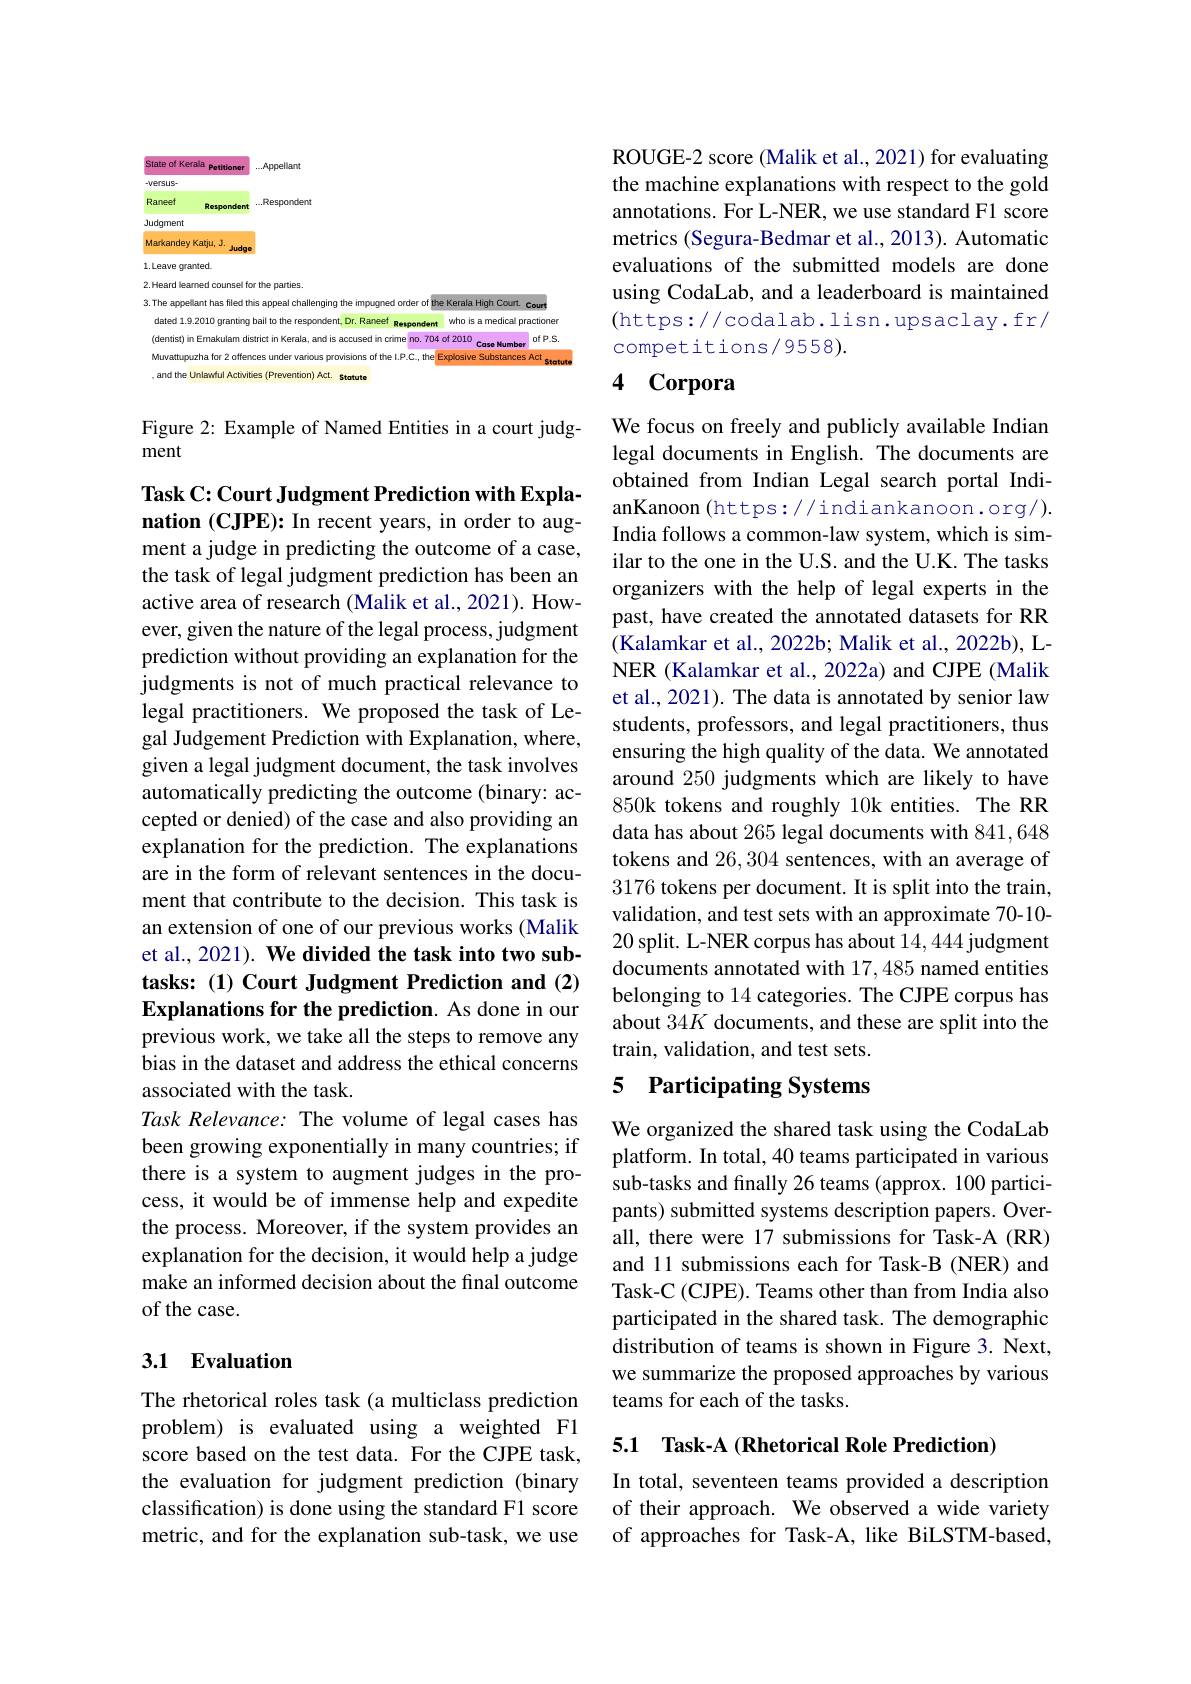
<FigureHere>

Figure 2: Example of Named Entities in a court judg-
ment

Task C: Court Judgment Prediction with Explanation (CJPE): In recent years, in order to augment a judge in predicting the outcome of a case, the task of legal judgment prediction has been an active area of research (Malik et al., 2021). However, given the nature of the legal process, judgment prediction without providing an explanation for the judgments is not of much practical relevance to legal practitioners. We proposed the task of Legal Judgement Prediction with Explanation, where, given a legal judgment document, the task involves automatically predicting the outcome (binary: accepted or denied) of the case and also providing an explanation for the prediction. The explanations are in the form of relevant sentences in the document that contribute to the decision. This task is an extension of one of our previous works (Malik et al., 2021). We divided the task into two subtasks: (1) Court Judgment Prediction and (2) Explanations for the prediction. As done in our previous work, we take all the steps to remove any bias in the dataset and address the ethical concerns associated with the task.
Task Relevance: The volume of legal cases has been growing exponentially in many countries; if there is a system to augment judges in the process, it would be of immense help and expedite the process. Moreover, if the system provides an explanation for the decision, it would help a judge make an informed decision about the final outcome of the case.

## 3.1 Evaluation

The rhetorical roles task (a multiclass prediction problem) is evaluated using a weighted F1 score based on the test data. For the CJPE task, the evaluation for judgment prediction (binary classification) is done using the standard F1 score metric, and for the explanation sub-task, we use

ROUGE-2 score (Malik et al., 2021) for evaluating the machine explanations with respect to the gold annotations. For L-NER, we use standard F1 score metrics (Segura-Bedmar et al., 2013). Automatic evaluations of the submitted models are done using CodaLab, and a leaderboard is maintained (https://codalab.lisn.upsaclay.fr/ competitions/9558).

# 4 Corpora

We focus on freely and publicly available Indian legal documents in English. The documents are obtained from Indian Legal search portal IndianKanoon (https://indiankanoon.org/). India follows a common-law system, which is similar to the one in the U.S. and the U.K. The tasks organizers with the help of legal experts in the past, have created the annotated datasets for RR (Kalamkar et al., 2022b; Malik et al., 2022b), LNER (Kalamkar et al., 2022a) and CJPE (Malik et al., 2021). The data is annotated by senior law students, professors, and legal practitioners, thus ensuring the high quality of the data. We annotated around 250 judgments which are likely to have 850k tokens and roughly 10k entities. The RR data has about 265 legal documents with 841,648 tokens and 26,304 sentences, with an average of 3176 tokens per document. It is split into the train, validation, and test sets with an approximate 70-10- 20 split. L-NER corpus has about 14,444 judgment documents annotated with 17,485 named entities belonging to 14 categories. The CJPE corpus has about 34K documents, and these are split into the train, validation, and test sets.

### 5 Participating Systems

We organized the shared task using the CodaLab platform. In total, 40 teams participated in various sub-tasks and finally 26 teams (approx. 100 participants) submitted systems description papers. Overall, there were 17 submissions for Task-A (RR) and 11 submissions each for Task-B (NER) and Task-C (CJPE). Teams other than from India also participated in the shared task. The demographic distribution of teams is shown in Figure 3. Next, we summarize the proposed approaches by various teams for each of the tasks.

5.1 Task-A (Rhetorical Role Prediction)

In total, seventeen teams provided a description of their approach. We observed a wide variety of approaches for Task-A, like BiLSTM-based,